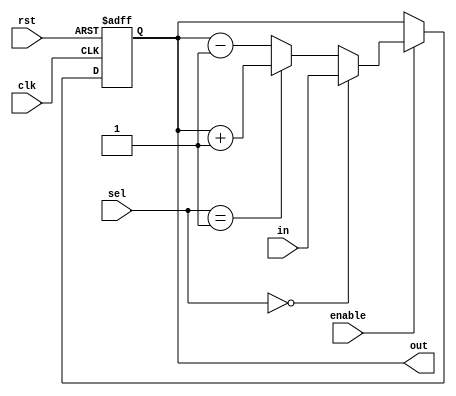
module stack_pointer(in, out, sel, enable, clk, rst);
	input enable, clk, rst;
	input [1:0] sel;
	input [15:0] in;
	output reg [15:0] out;
	
	reg [15:0] temp;
	
	always @(sel or out or in) begin
		
		if (sel == 2'b00)
			temp = in;
		else if (sel == 2'b01)
			temp = out + 1'b1;
		else 
			temp = out - 1'b1;
	end
	
	always @(posedge clk or posedge rst) begin
		if (rst == 1'b1)
			out = 16'b1111111111111111;
		else if (enable == 1'b1)
			out = temp;
	end
endmodule